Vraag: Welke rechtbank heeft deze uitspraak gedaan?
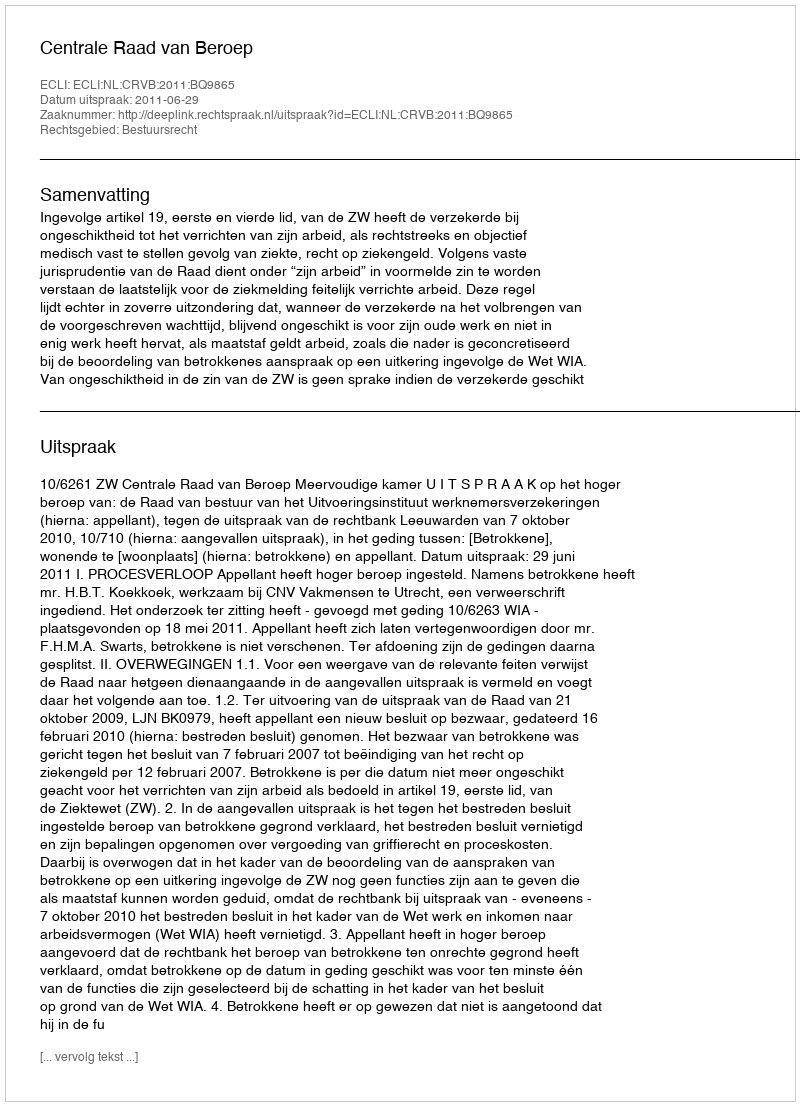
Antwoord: Centrale Raad van Beroep